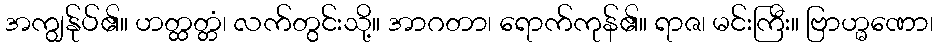
အကျွန်ုပ်၏။ ဟတ္ထတ္တံ၊ လက်တွင်းသို့။ အာဂတာ၊ ရောက်ကုန်၏။ ရာဇ၊ မင်းကြီး။ ဗြာဟ္မဏော၊